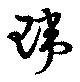
瑋